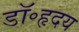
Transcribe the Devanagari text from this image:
डॉ॰हृदय